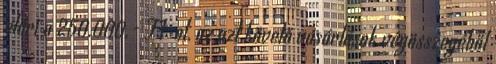
eléri a 250.000.- Ft-ot, az azt követő vásárlások végösszegéből